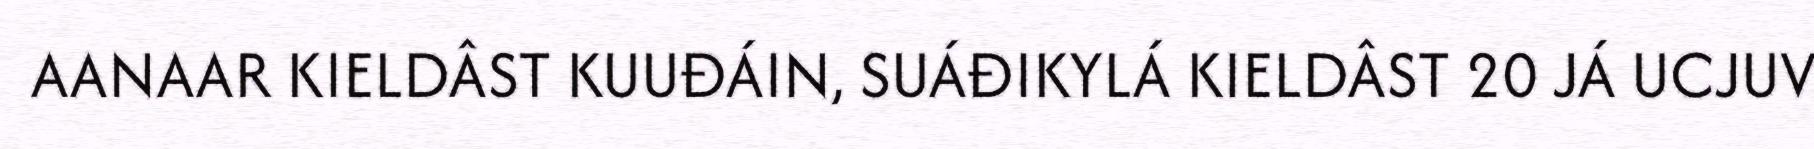
AANAAR KIELDÂST KUUĐÁIN, SUÁĐIKYLÁ KIELDÂST 20 JÁ UCJUV